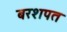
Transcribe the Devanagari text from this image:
बरशपत